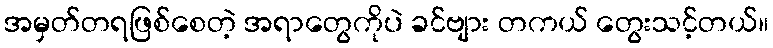
အမှတ်တရဖြစ်စေတဲ့ အရာတွေကိုပဲ ခင်ဗျား တကယ် တွေးသင့်တယ်။